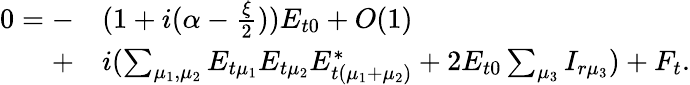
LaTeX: \begin{array}{rl}{0=-}&{{}(1+i(\alpha-\frac{\xi}{2}))E_{t0}+O(1)}\\ {+}&{{}i(\sum_{\mu_{1},\mu_{2}}E_{t\mu_{1}}E_{t\mu_{2}}E_{t(\mu_{1}+\mu_{2})}^{*}+2E_{t0}\sum_{\mu_{3}}I_{r\mu_{3}})+F_{t}.}\end{array}